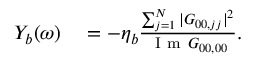
\begin{array} { r l } { Y _ { b } ( \omega ) } & { { } = - \eta _ { b } \frac { \sum _ { j = 1 } ^ { N } | G _ { 0 0 , j j } | ^ { 2 } } { \mathrm { ~ I ~ m ~ } G _ { 0 0 , 0 0 } } . } \end{array}